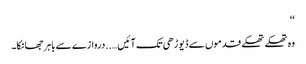
‘‘
وہ تھکے تھکے قدموں سے ڈیوڑھی تک آئیں…..دروازے سے باہر جھانکا۔